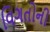
વિગતોની